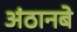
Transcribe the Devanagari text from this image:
अंठानबे